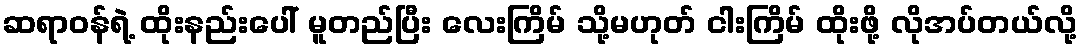
ဆရာဝန်ရဲ့ ထိုးနည်းပေါ် မူတည်ပြီး လေးကြိမ် သို့မဟုတ် ငါးကြိမ် ထိုးဖို့ လိုအပ်တယ်လို့